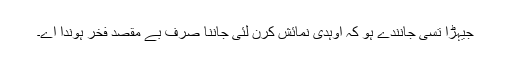
جیہڑا تُسی جانندے ہو کہ اُوہدی نمائش کرن لئی جاننا صرف بے مقصد فخر ہوندا اے۔